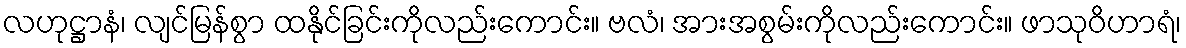
လဟုဋ္ဌာနံ၊ လျင်မြန်စွာ ထနိုင်ခြင်းကိုလည်းကောင်း။ ဗလံ၊ အားအစွမ်းကိုလည်းကောင်း။ ဖာသုဝိဟာရံ၊